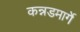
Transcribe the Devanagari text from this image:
कन्नडमार्गे